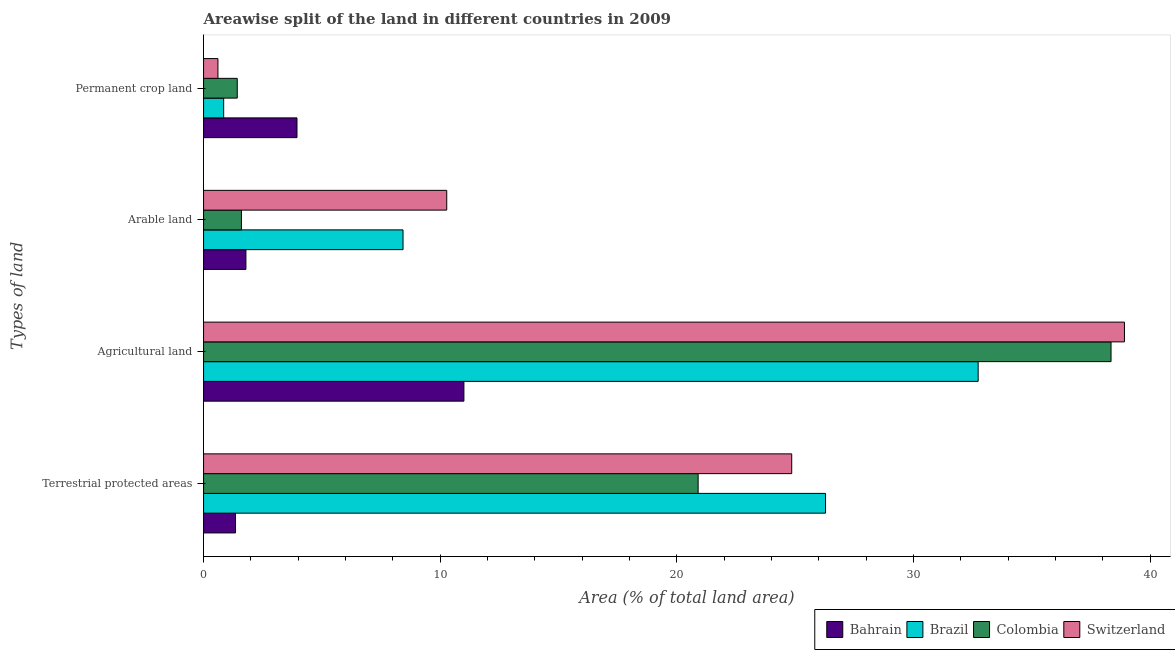
| Types of land | Bahrain | Brazil | Colombia | Switzerland |
 | --- | --- | --- | --- | --- |
 | Terrestrial protected areas | 1.35 | 26.3 | 20.9 | 24.9 |
 | Agricultural land | 11 | 32.7 | 38.3 | 38.9 |
 | Arable land | 1.79 | 8.43 | 1.6 | 10.3 |
 | Permanent crop land | 3.95 | 0.849 | 1.42 | 0.607 |